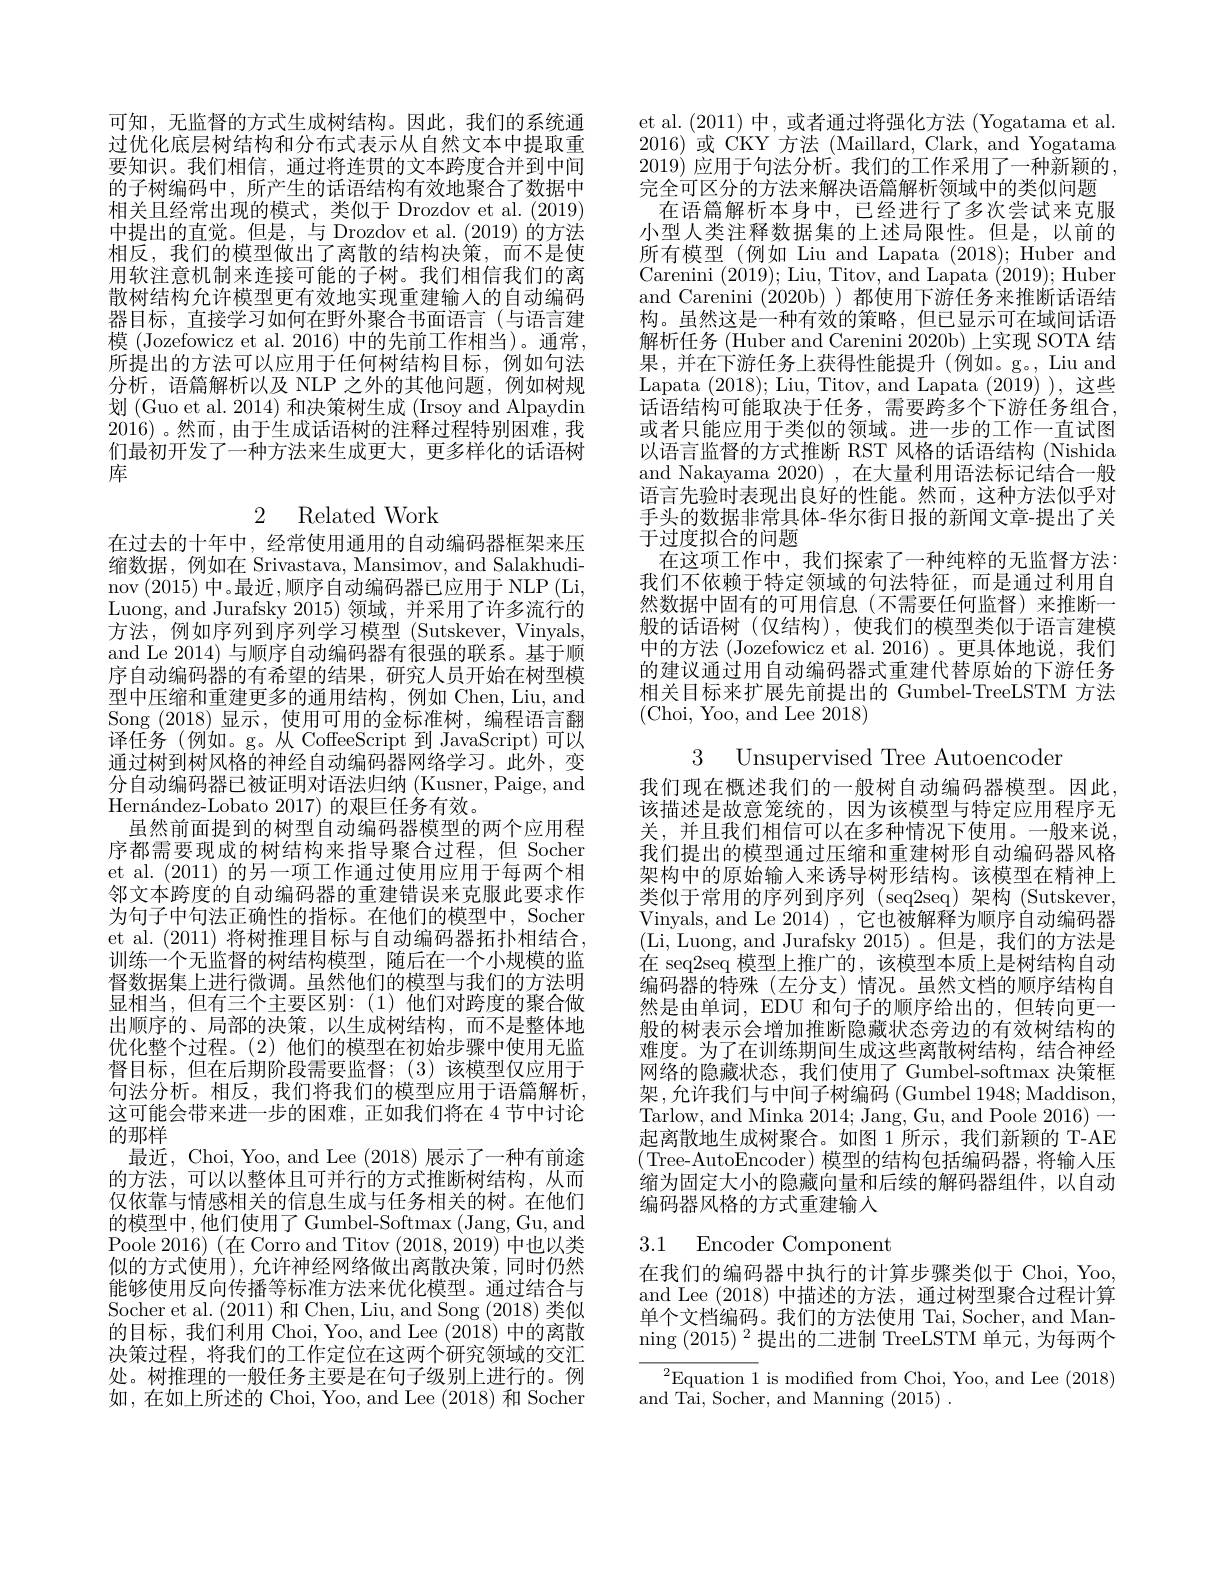
可知，无监督的方式生成树结构。因此，我们的系统通过优化底层树结构和分布式表示从自然文本中提取重要知识。我们相信，通过将连贯的文本跨度合并到中间的子树编码中，所产生的话语结构有效地聚合了数据中相关且经常出现的模式，类似于 Drozdov et al. (2019) 中提出的直觉。但是，与 Drozdov et al.(2019) 的方法相反，我们的模型做出了离散的结构决策，而不是使用软注意机制来连接可能的子树。我们相信我们的离散树结构允许模型更有效地实现重建输入的自动编码器目标，直接学习如何在野外聚合书面语言(与语言建模 (Jozefowicz et al. 2016) 中的先前工作相当)。通常， 所提出的方法可以应用于任何树结构目标，例如句法分析，语篇解析以及 NLP 之外的其他问题，例如树规划 (Guo et al. 2014) 和决策树生成 (Irsoy and Alpaydin 2016)。然而，由于生成话语树的注释过程特别困难，我们最初开发了一种方法来生成更大，更多样化的话语树库

2 Related Work

在过去的十年中，经常使用通用的自动编码器框架来压缩数据，例如在 Srivastava, Mansimov, and Salakhudinov (2015) 中。最近 ,顺序自动编码器已应用于 NLP (Li, Luong, and Jurafsky 2015)领域，并采用了许多流行的方法，例如序列到序列学习模型 (Sutskever, Vinyals, and Le 2014) 与顺序自动编码器有很强的联系。基于顺序自动编码器的有希望的结果，研究人员开始在树型模型中压缩和重建更多的通用结构，例如 Chen, Liu, and Song (2018)显示，使用可用的金标准树，编程语言翻译任务(例如。g。从 CoffeeScript 到 JavaScript)可以通过树到树风格的神经自动编码器网络学习。此外，变分自动编码器已被证明对语法归纳 (Kusner, Paige, and $\text{Hern\' {a}ndez- Lobato2017) 的 艰 巨 任 务 有 效 。}$
虽然前面提到的树型自动编码器模型的两个应用程序都需要现成的树结构来指导聚合过程，但 Socher et al. (2011)的另一项工作通过使用应用于每两个相邻文本跨度的自动编码器的重建错误来克服此要求作为句子中句法正确性的指标。在他们的模型中，Socher et al. (2011)将树推理目标与自动编码器拓扑相结合， 训练一个无监督的树结构模型，随后在一个小规模的监督数据集上进行微调。虽然他们的模型与我们的方法明显相当，但有三个主要区别：(1)他们对跨度的聚合做出顺序的、局部的决策，以生成树结构，而不是整体地优化整个过程。(2)他们的模型在初始步骤中使用无监督目标，但在后期阶段需要监督；(3)该模型仅应用于句法分析。相反，我们将我们的模型应用于语篇解析， 这可能会带来进一步的困难，正如我们将在 4 节中讨论的那样
最近，Choi, Yoo, and Lee (2018) 展示了一种有前途的方法，可以以整体且可并行的方式推断树结构，从而仅依靠与情感相关的信息生成与任务相关的树。在他们的模型中，他们使用了Gumbel-Softmax (Jang, Gu, and Poole 2016) (在 Corro and Titov (2018,2019)中也以类似的方式使用),允许神经网络做出离散决策，同时仍然能够使用反向传播等标准方法来优化模型。通过结合与Socher et al. (2011)和 Chen, Liu, and Song (2018)类似的目标，我们利用 Choi, Yoo, and Lee (2018)中的离散决策过程，将我们的工作定位在这两个研究领域的交汇处。树推理的一般任务主要是在句子级别上进行的。例如，在如上所述的 Choi, Yoo, and Lee (2018)和 Socher

et al. (2011)中，或者通过将强化方法 (Yogatama et al. 2016)或 CKY 方法 (Maillard, Clark, and Yogatama 2019) 应用于句法分析。我们的工作采用了一种新颖的， 完全可区分的方法来解决语篇解析领域中的类似问题
在语篇解析本身中，已经进行了多次尝试来克服小型人类注释数据集的上述局限性。但是，以前的所有模型 (例如 Liu and Lapata (2018); Huber and Carenini (2019);Liu, Titov, and Lapata (2019);Huber and Carenini (2020b) ) 都使用下游任务来推断话语结构。虽然这是一种有效的策略，但已显示可在域间话语解析任务 (Huber and Carenini 2020b) 上实现 SOTA 结果，并在下游任务上获得性能提升(例如。g。, Liu and Lapata (2018); Liu, Titov, and Lapata (2019) ), 这些话语结构可能取决于任务，需要跨多个下游任务组合， 或者只能应用于类似的领域。进一步的工作一直试图以语言监督的方式推断 RST 风格的话语结构 (Nishida and Nakayama 2020),在大量利用语法标记结合一般语言先验时表现出良好的性能。然而，这种方法似乎对手头的数据非常具体-华尔街日报的新闻文章-提出了关于过度拟合的问题
在这项工作中，我们探索了一种纯粹的无监督方法： 我们不依赖于特定领域的句法特征，而是通过利用自然数据中固有的可用信息(不需要任何监督)来推断一般的话语树(仅结构),使我们的模型类似于语言建模中的方法 (Jozefowicz et al.2016)。更具体地说，我们的建议通过用自动编码器式重建代替原始的下游任务相关目标来扩展先前提出的 Gumbel-TreeLSTM 方法(Choi, Yoo, and Lee 2018)
3 Unsupervised Tree Autoencoder
我们现在概述我们的一般树自动编码器模型。因此， 该描述是故意笼统的，因为该模型与特定应用程序无关，并且我们相信可以在多种情况下使用。一般来说， 我们提出的模型通过压缩和重建树形自动编码器风格架构中的原始输人来诱导树形结构。该模型在精神上类似于常用的序列到序列 (seq2seq)架构 (Sutskever, Vinyals, and Le 2014) , 它也被解释为顺序自动编码器(Li, Luong, and Jurafsky 2015)。但是，我们的方法是在 seq2seq 模型上推广的，该模型本质上是树结构自动编码器的特殊(左分支)情况。虽然文档的顺序结构自然是由单词，EDU 和句子的顺序给出的，但转向更一般的树表示会增加推断隐藏状态旁边的有效树结构的难度。为了在训练期间生成这些离散树结构，结合神经网络的隐藏状态，我们使用了 Gumbel-softmax 决策框架，允许我们与中间子树编码 (Gumbel 1948; Maddison, Tarlow, and Minka 2014; Jang, Gu, and Poole 2016)— 起离散地生成树聚合。如图 1所示，我们新颖的 T-AE ( Tree-AutoEncoder) 模型的结构包括编码器，将输入压缩为固定大小的隐藏向量和后续的解码器组件，以自动编码器风格的方式重建输入

# 3.1 Encoder Component

在我们的编码器中执行的计算步骤类似于 Choi, Yoo, and Lee (2018)中描述的方法，通过树型聚合过程计算单个文档编码。我们的方法使用 Tai, Socher, and Manning $(2015)^2$提出的二进制 TreeLSTM 单元，为每两个

${}^{2}$Equation 1 is modifed from Choi, Yoo, and Lee (2018)

and Tai, Socher, and Manning $(2015)^{\prime}.$